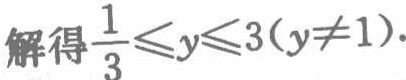
解得$\frac{1}{3}\leqslant y\leqslant 3(y\neq 1)$.